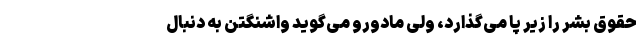
حقوق بشر را زیر پا می‌گذارد، ولی مادورو می‌گوید واشنگتن به دنبال